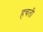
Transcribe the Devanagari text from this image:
हचती